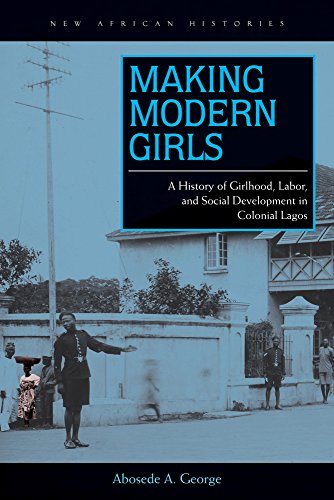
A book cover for Making Modern Girls: A History of Girlhood, Labor, and Social Development in Colonial Lagos (New African Histories); Abosede A. George; History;